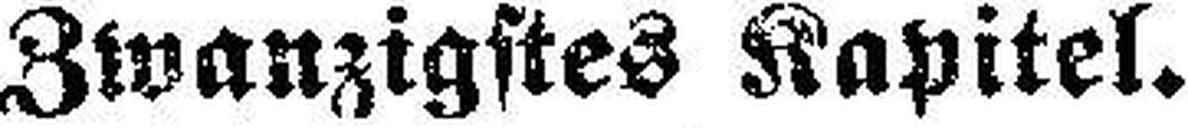
Zwanzigstes Kapitel.